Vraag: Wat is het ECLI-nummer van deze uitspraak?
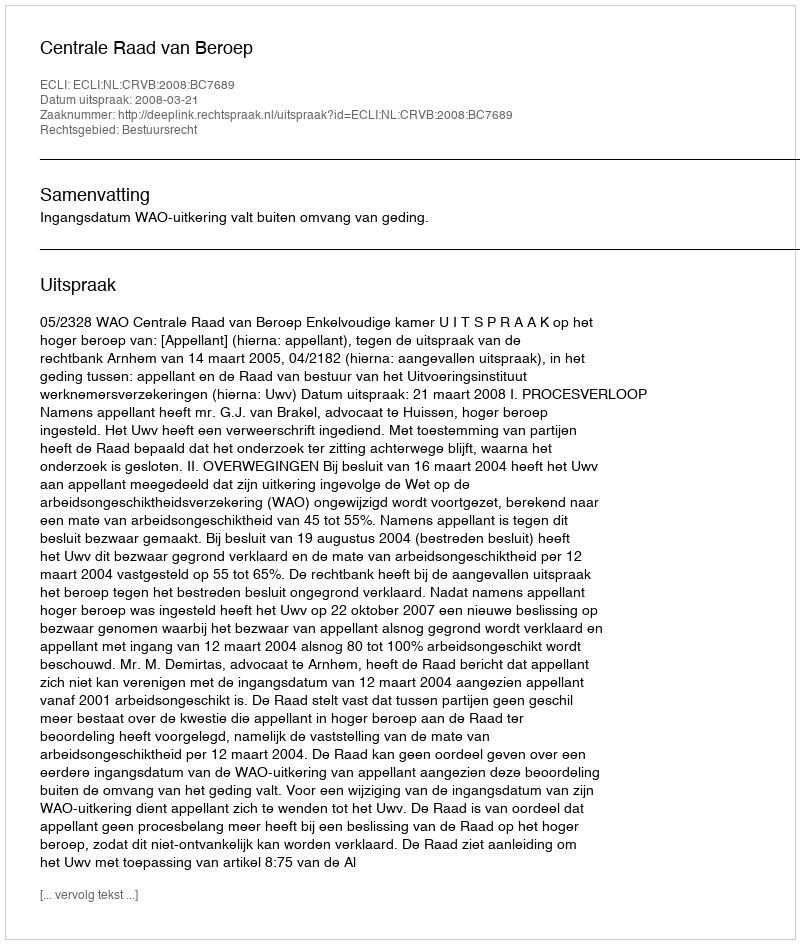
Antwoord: ECLI:NL:CRVB:2008:BC7689